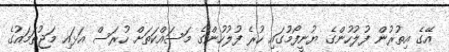
އޭގެ އިތުރުން ފުލުހުންގެ ޔުނީފޯމުގައި ހުރެ ފުލުހުންގެ މަސައްކަތަށް ހުރަސް އަޅައި މަޖުތަމައުގެ